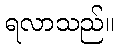
ရလာသည်။